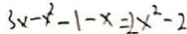
3 x - x ^ { 2 } - 1 - x = 2 x ^ { 2 } - 2